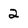
Character: 2